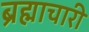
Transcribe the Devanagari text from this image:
ब्रह्माचारी